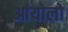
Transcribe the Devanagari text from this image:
आंयोलो